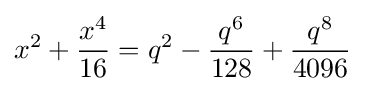
x^{2}+{\frac {x^{4}}{16}}=q^{2}-{\frac {q^{6}}{128}}+{\frac {q^{8}}{4096}}